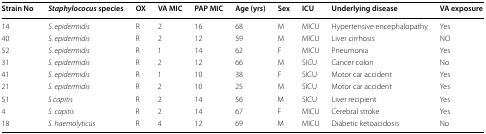
| Strain No | Staphylococus species | OX | VA MIC | PAP MIC | Age (yrs) | Sex | ICU | Underlying disease | VA exposure |
 | --- | --- | --- | --- | --- | --- | --- | --- | --- | --- |
 | 14 | S. epidermidis | R | 2 | 16 | 68 | M | MICU | Hypertensive encephalopathy | Yes |
 | 40 | S. epidermidis | R | 2 | 12 | 59 | M | MICU | Liver cirrhosis | NO |
 | 52 | S. epidermidis | R | 1 | 14 | 62 | F | MICU | Pneumonia | Yes |
 | 31 | S. epidermidis | R | 2 | 12 | 66 | M | SICU | Cancer colon | No |
 | 41 | S. epidermidis | R | 1 | 10 | 38 | F | SICU | Motor car accident | Yes |
 | 21 | S. epidermidis | R | 2 | 10 | 25 | M | SICU | Motor car accident | Yes |
 | 51 | S capitis | R | 2 | 14 | 56 | M | SICU | Liver recipient | Yes |
 | 4 | S. capitis | R | 2 | 14 | 67 | F | MICU | Cerebral stroke | Yes |
 | 18 | S. haemolyticus | R | 4 | 12 | 69 | M | MICU | Diabetic ketoacidosis | No |